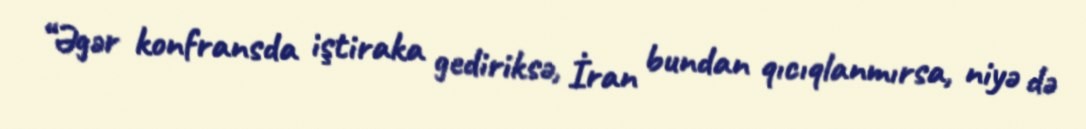
“Əgər konfransda iştiraka gediriksə, İran bundan qıcıqlanmırsa, niyə də